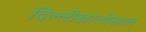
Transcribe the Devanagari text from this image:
दिल्लीखालोखाल